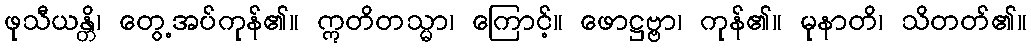
ဖုသီယန္တိ၊ တွေ့အပ်ကုန်၏။ ဣတိတသ္မာ၊ ကြောင့်။ ဖောဋ္ဌဗ္ဗာ၊ ကုန်၏။ မုနာတိ၊ သိတတ်၏။